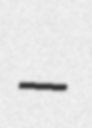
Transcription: –